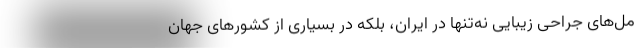
مل‌های جراحی زیبایی نه‌تنها در ایران، بلکه در بسیاری از کشورهای جهان